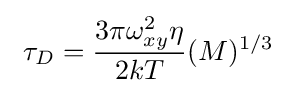
\ \tau _{D}={\frac {3\pi \omega _{xy}^{2}\eta }{2kT}}(M)^{1/3}